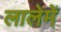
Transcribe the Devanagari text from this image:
लालेमें